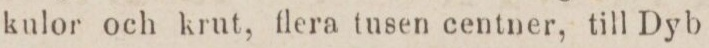
kulor och krut, flera tusen centner, till Dyb